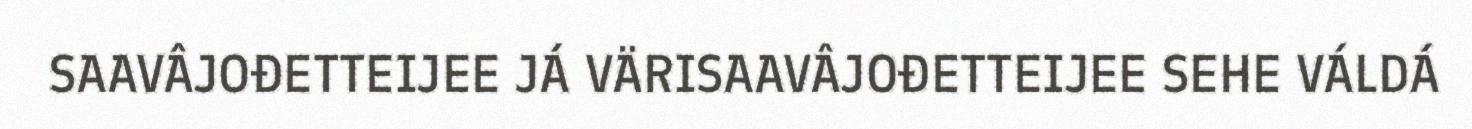
SAAVÂJOĐETTEIJEE JÁ VÄRISAAVÂJOĐETTEIJEE SEHE VÁLDÁ